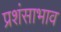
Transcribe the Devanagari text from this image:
प्रशंसाभाव